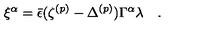
\xi ^ { \alpha } = { \bar { \epsilon } } ( \zeta ^ { ( p ) } - \Delta ^ { ( p ) } ) \Gamma ^ { \alpha } \lambda \quad .